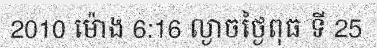
2010 ម៉ោង 6:16 ល្ងាចថ្ងៃពុធ ទី 25